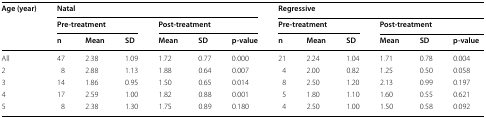
| <ROWSPAN=3> Age (year) | <COLSPAN=6> Natal | <COLSPAN=6> Regressive |
 | <COLSPAN=3> Pre-treatment | <COLSPAN=3> Post-treatment | <COLSPAN=3> Pre-treatment | <COLSPAN=3> Post-treatment |
 | n | Mean | SD | Mean | SD | p-value | n | Mean | SD | Mean | SD | p-value |
 | --- | --- | --- | --- | --- | --- | --- | --- | --- | --- | --- | --- | --- |
 | All | 47 | 2.38 | 1.09 | 1.72 | 0.77 | 0.000 | 21 | 2.24 | 1.04 | 1.71 | 0.78 | 0.004 |
 | 2 | 8 | 2.88 | 1.13 | 1.88 | 0.64 | 0.007 | 4 | 2.00 | 0.82 | 1.25 | 0.50 | 0.058 |
 | 3 | 14 | 1.86 | 0.95 | 1.50 | 0.65 | 0.014 | 8 | 2.50 | 1.20 | 2.13 | 0.99 | 0.197 |
 | 4 | 17 | 2.59 | 1.00 | 1.82 | 0.88 | 0.001 | 5 | 1.80 | 1.10 | 1.60 | 0.55 | 0.621 |
 | 5 | 8 | 2.38 | 1.30 | 1.75 | 0.89 | 0.180 | 4 | 2.50 | 1.00 | 1.50 | 0.58 | 0.092 |